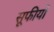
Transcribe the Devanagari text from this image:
सूफीयों